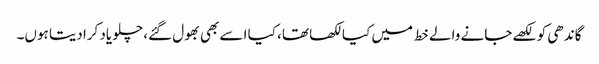
گاندھی کو لکھے جانے والے خط میں کیا لکھا تھا، کیا اسے بھی بھول گئے، چلو یاد کرادیتا ہوں۔